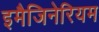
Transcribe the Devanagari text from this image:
इमैजिनेरियम